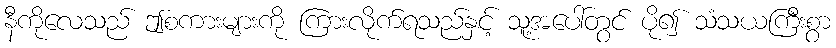
နီကိုလေသည် ဤစကားများကို ကြားလိုက်ရသည်နှင့် သူ့အပေါ်တွင် ပို၍ သံသယကြီးစွာ